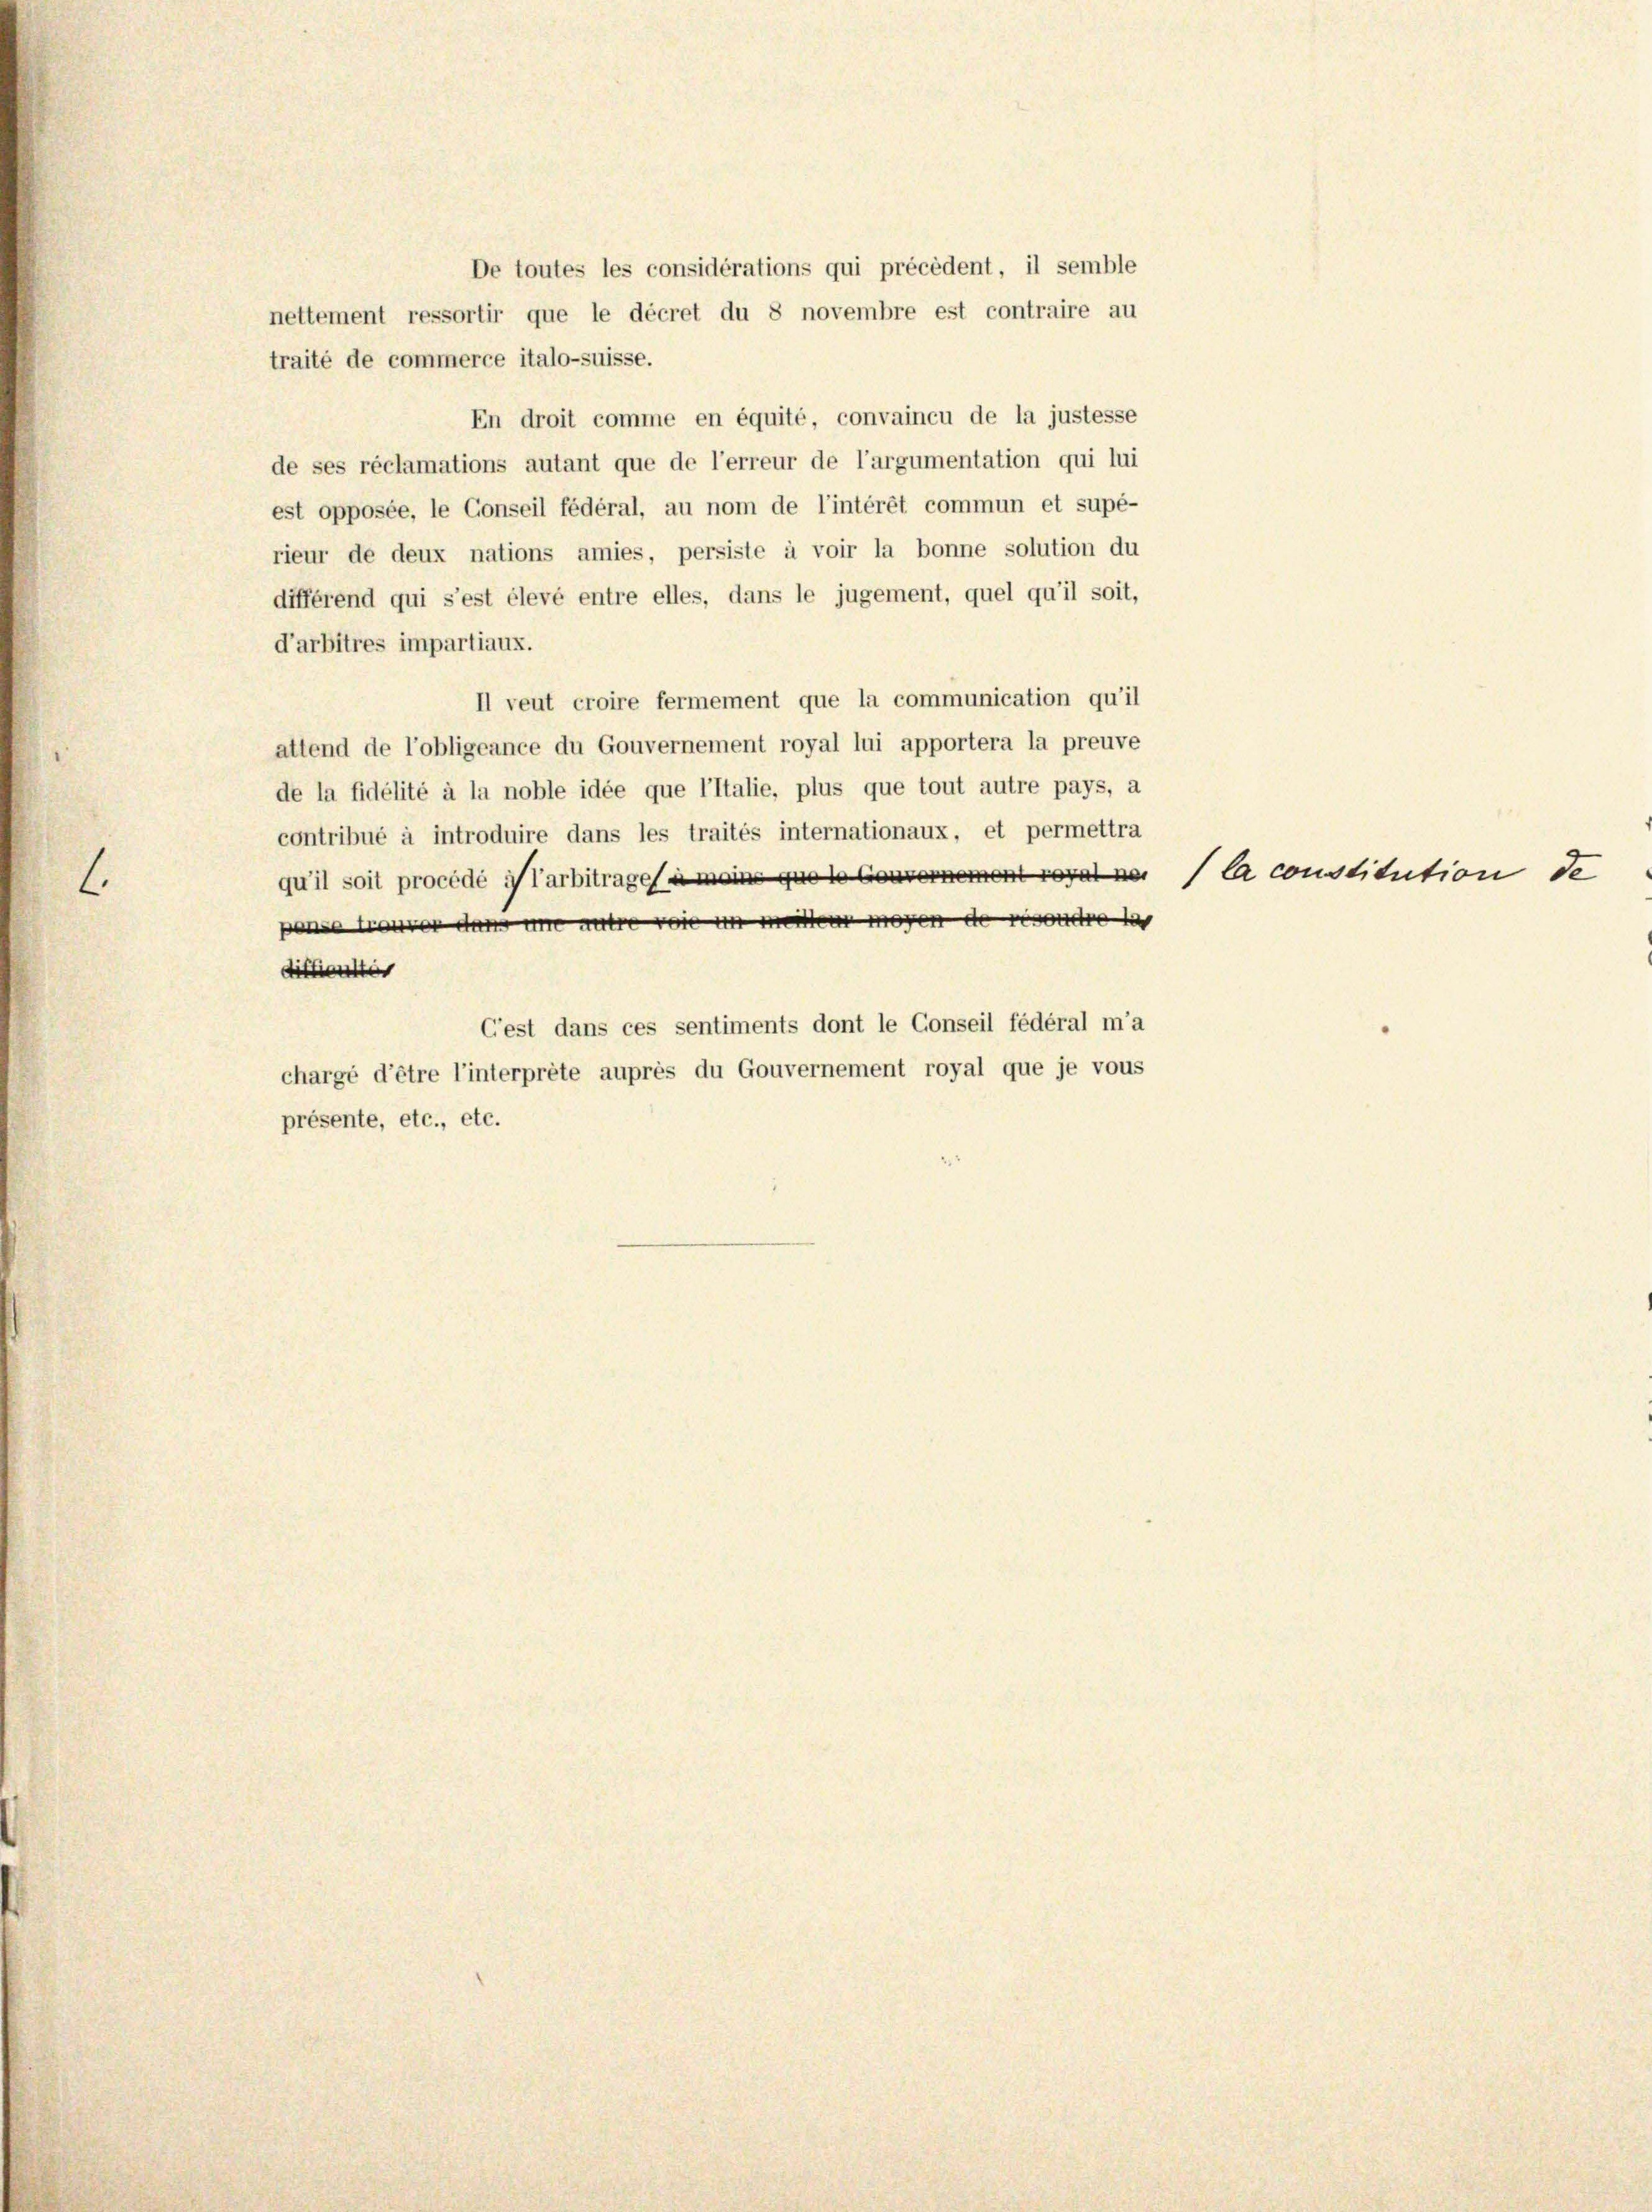
.

nettement ressortir que le décret du 8 novembre est contraire au
traité de commerce italo-suisse.
En droit comme en équité, convaincu de la justesse
de ses réclamations autant que de l’erreur de l’argumentation qui lui
est opposée, le Conseil fédéral, au nom de l’intérêt commun et supé-
rieur de deux nations amies, persiste à voir la bonne solution du
différend qui s’est élevé entre elles, dans le jugement, quel qu’il soit,
d’arbitres impartiaux.
Il veut croire fermement que la communication qu’il
attend de l’obligeance du Gouvernement royal lui apportera la preuve
de la fidélité à la noble idée que l’Italie, plus que tout autre pays, a
contribué à introduire dans les traités internationaux, et permettra
qu’il soit procédé ilarbitrage meins que leere la constitution de
pense trouver den um autre von in meinen wegen de resondre le
dittienter
C’est dans ces sentiments dont le Conseil fédéral ma
chargé d’être l’interprête auprès du Gouvernement royal que je vous
présente, etc., etc.

De toutes les considérations qui précédent, il semble